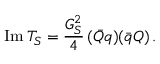
\mathrm { I m } \, T _ { S } = \frac { G _ { S } ^ { 2 } } { 4 } \, ( \bar { Q } q ) ( \bar { q } Q ) \, .